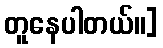
တူနေပါတယ်။]